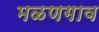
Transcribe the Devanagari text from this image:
मळणगाव